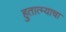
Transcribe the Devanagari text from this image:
हुतात्म्याचा